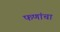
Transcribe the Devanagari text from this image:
फणांचा